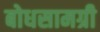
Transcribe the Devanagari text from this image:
बोधसामग्री